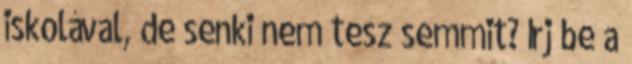
iskolával, de senki nem tesz semmit? Írj be a